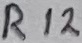
Text: R12